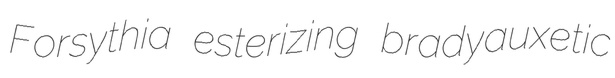
Forsythia esterizing bradyauxetic